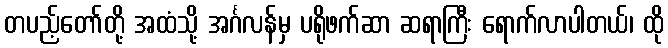
တပည့်တော်တို့ အထံသို့ အင်္ဂလန်မှ ပရိုဖက်ဆာ ဆရာကြီး ရောက်လာပါတယ်၊ ထို